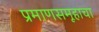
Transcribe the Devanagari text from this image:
प्रमाणसमूहाचा